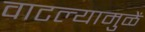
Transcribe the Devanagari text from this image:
वाटल्यामुळें